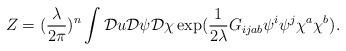
LaTeX: \begin{align*}Z=(\frac{\lambda}{2\pi})^n \displaystyle\int {\cal D}u {\cal D}\psi {\cal D} \chi \exp (\frac{1}{2\lambda} G_{ijab}\psi^i\psi^j\chi^a\chi^b).\end{align*}